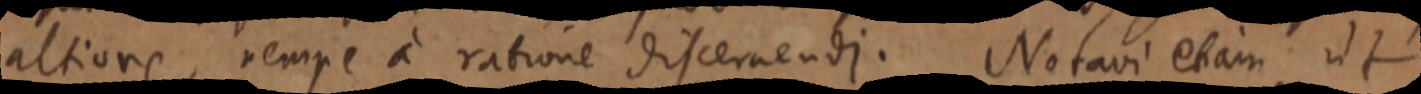
altiore, nempe a ratione discernendi. Notavi etiam ut